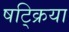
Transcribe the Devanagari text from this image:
षट्क्रिया